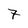
Character: 7